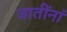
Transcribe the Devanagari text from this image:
जातींनां